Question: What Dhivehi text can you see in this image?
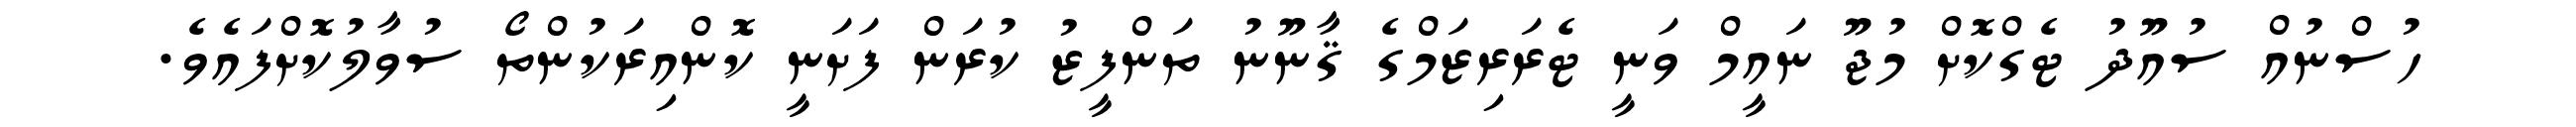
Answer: ހުސްނުއް ސުއޫދު ޓެގްކޮށް މުޖޫ ނައީމް ވަނީ ޓެރަރިޒަމްގެ ޤާނޫނު ތަންފީޒު ކުރަން ފަށަނީ ކޮންއިރަކުންތޯ ސުވާލުކޮށްފައެވެ.